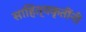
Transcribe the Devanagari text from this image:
साहित्यकृतींनी